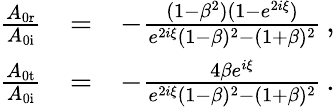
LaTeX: \begin{array}{rlr}{\frac{A_{\mathrm{0r}}}{A_{\mathrm{0i}}}}&{=}&{-\frac{(1-\beta^{2})(1-e^{2i\xi})}{e^{2i\xi}(1-\beta)^{2}-(1+\beta)^{2}}\, ,}\\ {\frac{A_{\mathrm{0t}}}{A_{\mathrm{0i}}}}&{=}&{-\frac{4\beta e^{i\xi}}{e^{2i\xi}(1-\beta)^{2}-(1+\beta)^{2}}\, .}\end{array}